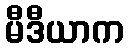
မီဒီယာက